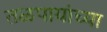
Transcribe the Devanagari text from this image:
तळपायांच्या